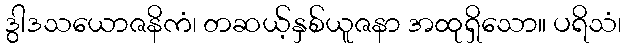
ဒွါဒသယောဇနိကံ၊ တဆယ့်နှစ်ယူဇနာ အထုရှိသော။ ပရိသံ၊